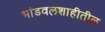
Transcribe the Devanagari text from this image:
भांडवलशाहीतील